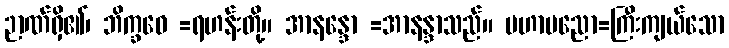
ဉာဏ်ရှိ၏၊ ဘိက္ခဝေ =ရဟန်းတို့။ အာနန္ဒော =အာနန္ဒာသည်။ မဟာပညော=ကြီးကျယ်သော